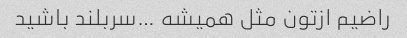
راضیم ازتون مثل همیشه …سربلند باشید